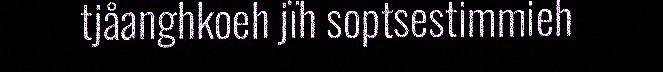
tjåanghkoeh jïh soptsestimmieh